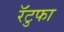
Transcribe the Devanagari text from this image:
रॅटुफा